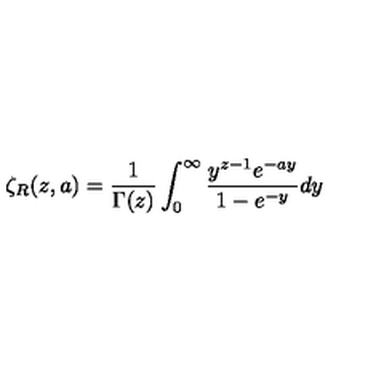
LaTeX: \zeta _ { R } ( z , a ) = { \frac { 1 } { \Gamma ( z ) } } \int _ { 0 } ^ { \infty } { \frac { y ^ { z - 1 } e ^ { - a y } } { 1 - e ^ { - y } } } d y